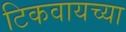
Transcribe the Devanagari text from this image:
टिकवायच्या